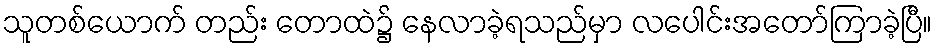
သူတစ်ယောက် တည်း တောထဲ၌ နေလာခဲ့ရသည်မှာ လပေါင်းအတော်ကြာခဲ့ပြီ။